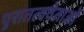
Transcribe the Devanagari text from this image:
पुरातत्ववेताओं